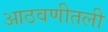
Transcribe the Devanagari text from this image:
आठवणीतली